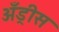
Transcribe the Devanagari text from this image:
अँड्रीस